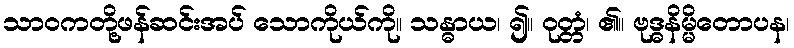
သာဝကတို့ဖန်ဆင်းအပ် သောကိုယ်ကို။ သန္ဓာယ၊ ၍။ ဝုတ္တံ၊ ၏။ ဗုဒ္ဓနိမ္မိတောပန၊